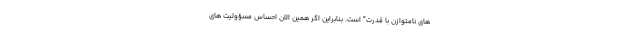
های نامتوازن با قدرت" است. بنابراین اگر همین الان احساس مسؤولیت های